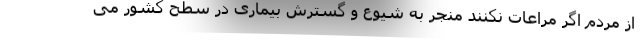
از مردم اگر مراعات نکنند منجر به شیوع و گسترش بیماری در سطح کشور می